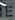
E